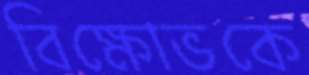
বিক্ষোভকে